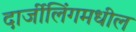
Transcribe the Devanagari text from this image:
दार्जीलिंगमधील